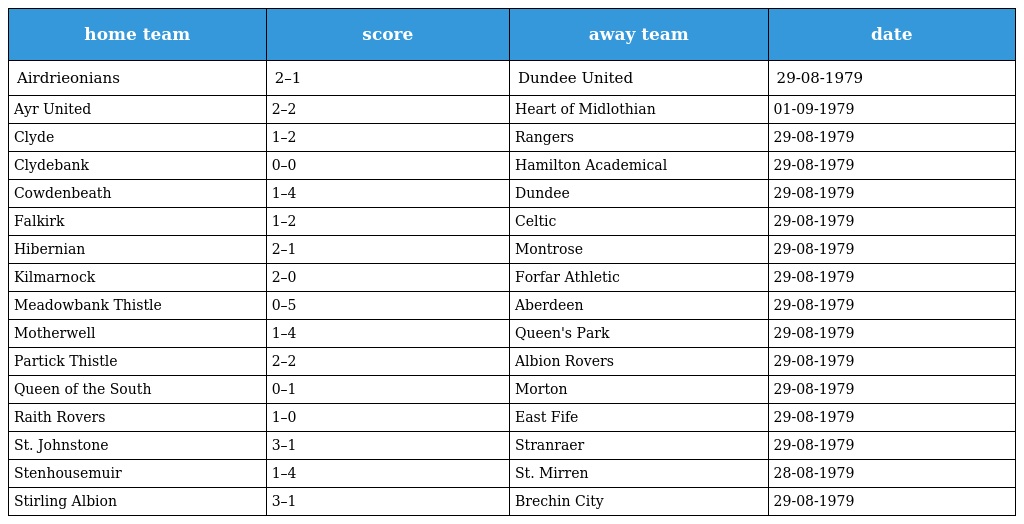
| home team | score | away team | date |
 | --- | --- | --- | --- |
 | Airdrieonians | 2–1 | Dundee United | 29-08-1979 |
 | Ayr United | 2–2 | Heart of Midlothian | 01-09-1979 |
 | Clyde | 1–2 | Rangers | 29-08-1979 |
 | Clydebank | 0–0 | Hamilton Academical | 29-08-1979 |
 | Cowdenbeath | 1–4 | Dundee | 29-08-1979 |
 | Falkirk | 1–2 | Celtic | 29-08-1979 |
 | Hibernian | 2–1 | Montrose | 29-08-1979 |
 | Kilmarnock | 2–0 | Forfar Athletic | 29-08-1979 |
 | Meadowbank Thistle | 0–5 | Aberdeen | 29-08-1979 |
 | Motherwell | 1–4 | Queen's Park | 29-08-1979 |
 | Partick Thistle | 2–2 | Albion Rovers | 29-08-1979 |
 | Queen of the South | 0–1 | Morton | 29-08-1979 |
 | Raith Rovers | 1–0 | East Fife | 29-08-1979 |
 | St. Johnstone | 3–1 | Stranraer | 29-08-1979 |
 | Stenhousemuir | 1–4 | St. Mirren | 28-08-1979 |
 | Stirling Albion | 3–1 | Brechin City | 29-08-1979 |